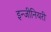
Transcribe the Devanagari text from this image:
इन्जीनियरी